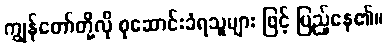
ကျွန်တော်တို့လို စုဆောင်းခံရသူများ ဖြင့် ပြည့်နေ၏။